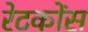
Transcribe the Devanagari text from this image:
रेटकोंस